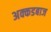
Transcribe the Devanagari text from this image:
अक्कडबाज